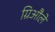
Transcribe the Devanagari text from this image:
ग्रिऔले